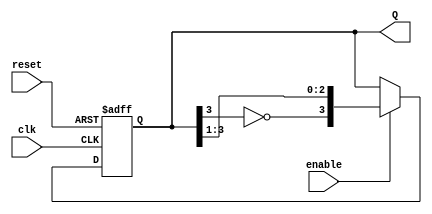
module JohnsonCounter #(
    parameter N = 4  // Number of stages (flip-flops)
)(
    input wire clk,          // Clock signal
    input wire reset,        // Asynchronous reset signal
    input wire enable,       // Enable signal
    output reg [N-1:0] Q     // Output state of the counter
);

// Internal signal for feedback
wire feedback;

// Feedback is the inverted output of the last flip-flop
assign feedback = ~Q[N-1];

// Synchronous process for the Johnson counter
always @(posedge clk or posedge reset) begin
    if (reset) begin
        // Asynchronous reset: set all flip-flops to 0
        Q <= 0;
    end else if (enable) begin
        // Shift the state based on feedback
        Q <= {feedback, Q[N-1:1]};
    end
end

endmodule